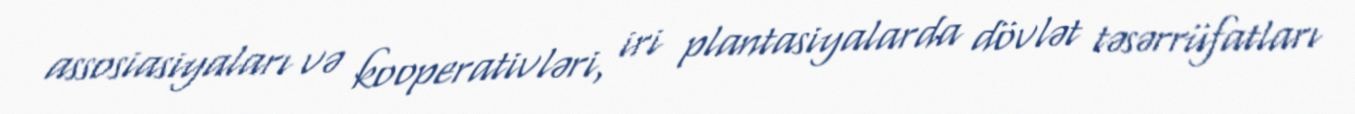
assosiasiyaları və kooperativləri, iri plantasiyalarda dövlət təsərrüfatları